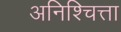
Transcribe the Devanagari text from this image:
अनिश्चित्ता